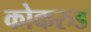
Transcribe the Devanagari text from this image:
कोकरुड